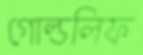
গোল্ডলিফ